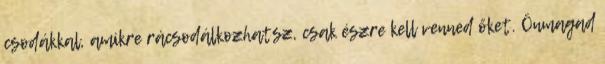
csodákkal, amikre rácsodálkozhatsz, csak észre kell venned őket. Önmagad